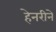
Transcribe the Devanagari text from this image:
हेनरीने